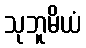
သုဘူမိယံ